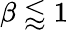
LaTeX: \beta\lessapprox 1